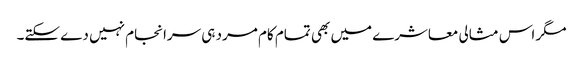
مگر اس مثالی معاشرے میں بھی تمام کام مرد ہی سرانجام نہیں دے سکتے۔